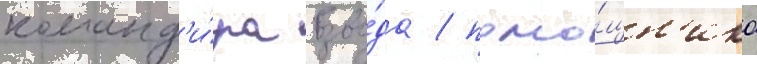
команд'и́ра взво́да / помо́щн'ика